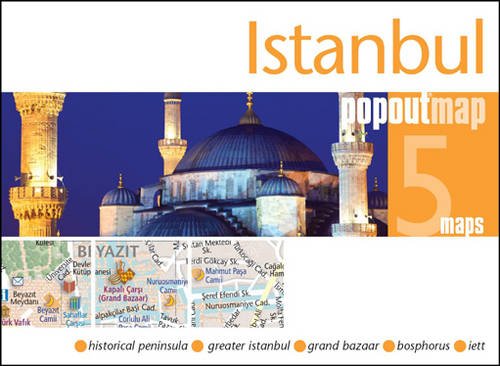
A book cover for Istanbul PopOut Map (PopOut Maps); Travel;